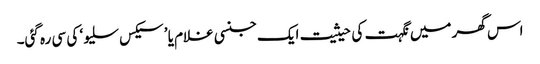
اس گھر میں نگہت کی حیثیت ایک جنسی غلام یا ’سیکس سلیو‘ کی سی رہ گئی۔